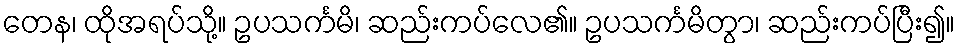
တေန၊ ထိုအရပ်သို့။ ဥပသင်္ကမိ၊ ဆည်းကပ်လေ၏။ ဥပသင်္ကမိတွာ၊ ဆည်းကပ်ပြီး၍။